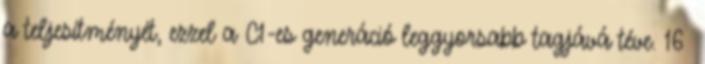
a teljesítményét, ezzel a C1-es generáció leggyorsabb tagjává téve. 16